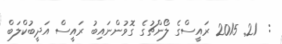
:  21